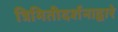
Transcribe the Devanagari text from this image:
त्रिमितीदर्शनाद्वारे